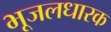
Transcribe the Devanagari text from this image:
भूजलधारक